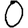
Digit: 0